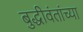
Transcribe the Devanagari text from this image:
बुद्धीवंतांच्या